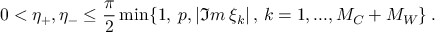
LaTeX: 0 < \eta _ { + } , \eta _ { - } \leq \frac { \pi } { 2 } \operatorname * { m i n } \{ 1 , \: p , | \Im m \: \xi _ { k } | \, , \, k = 1 , . . . , M _ { C } + M _ { W } \} \: .